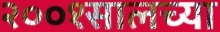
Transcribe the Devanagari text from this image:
२००१सालच्या